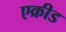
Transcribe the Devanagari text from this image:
एक्रीड